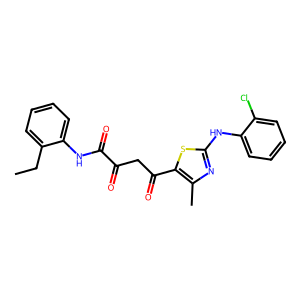
SMILES: CCc1ccccc1NC(=O)C(=O)CC(=O)c1sc(Nc2ccccc2Cl)nc1C
Inhibits HIV replication: No